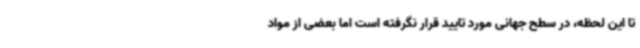
تا این لحظه، در سطح جهانی مورد تایید قرار نگرفته است اما بعضی از مواد